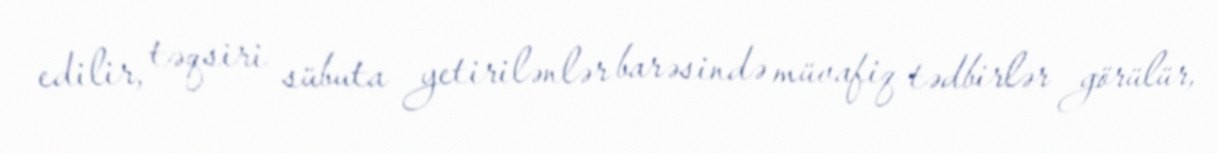
edilir, təqsiri sübuta yetirilənlər barəsində müvafiq tədbirlər görülür,